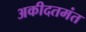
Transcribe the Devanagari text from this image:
अकीदतमंत